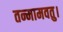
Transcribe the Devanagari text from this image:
तन्मामवतु।